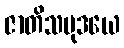
ဇာတိသမုဒယေ